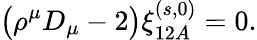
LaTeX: \bigl(\rho^{\mu}D_{\mu}-2\bigr)\xi_{12A}^{(s,0)}=0.